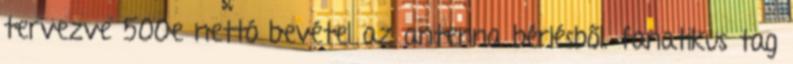
tervezve 500e nettó bevétel az antenna bérlésből. fanatikus tag